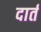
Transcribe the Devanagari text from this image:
दार्त